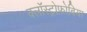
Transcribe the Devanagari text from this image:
क्लॉस्ट्रोफ़ोबिया